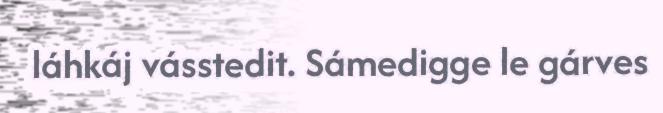
láhkáj vásstedit. Sámedigge le gárves